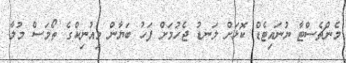
މެންޗެސްޓާ ޔުނައިޓެޑް ކޮޅަށް ލަނޑު ޖެހުމަށް ފަހު ބަޔާން މިއުނިކްގެ ތޯމަސް މުލާ